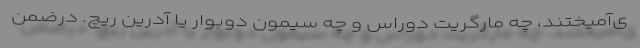
ی‌آمیختند، چه مارگریت دوراس و چه سیمون دوبوار یا آدرین ریچ. درضمن